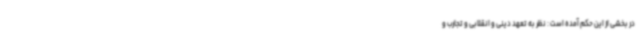
در بخشی از این حکم آمده است : نظر به تعهد دینی و انقلابی و تجارب و